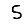
Digit: 5